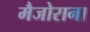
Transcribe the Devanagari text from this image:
मैजोराना